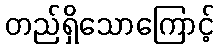
တည်ရှိသောကြောင့်